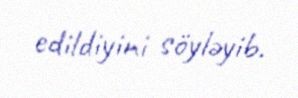
edildiyini söyləyib.